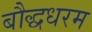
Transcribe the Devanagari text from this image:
बौद्धधरम